画像に写った文字を読んでください
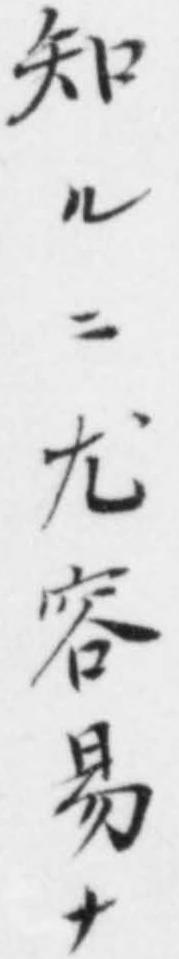
「知ルニ尤容易ナ」と書いてあります